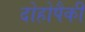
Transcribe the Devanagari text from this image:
दोहोपैकी